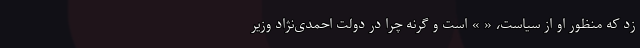
زد که منظور او از سیاست، « » است و گرنه چرا در دولت احمدی‌نژاد وزیر